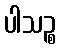
ပါသဉ္စ